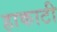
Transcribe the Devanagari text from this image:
हाकाटी